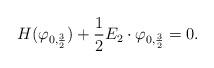
LaTeX: \begin{align*}H(\varphi_{0,\frac 32})+\frac 12 E_2\cdot\varphi_{0,\frac 32}=0.\end{align*}